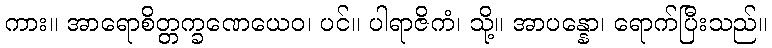
ကား။ အာရောစိတ္တက္ခဏေယေဝ၊ ပင်။ ပါရာဇိကံ၊ သို့။ အာပန္နော၊ ရောက်ပြီးသည်။